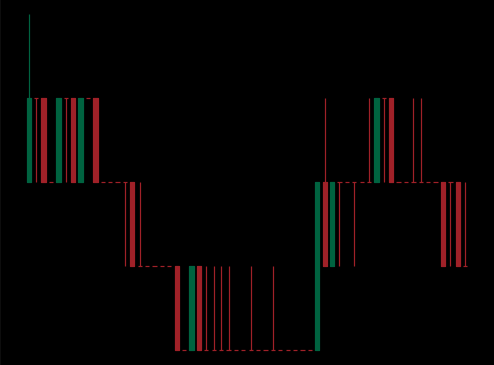
Pattern: unclassified